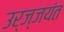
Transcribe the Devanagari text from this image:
उर्ज्जयंत